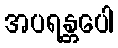
အပရန္တပေါ